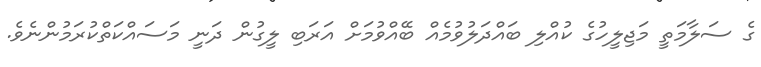
ގެ ސަލާމަތީ މަޖިލީހުގެ ކުއްލި ބައްދަލުވުމެއް ބޭއްވުމަށް އަރަބި ލީގުން ދަނީ މަސައްކަތްކުރަމުންނެވެ.